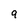
Character: 9